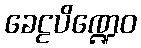
ခေဠပိဏ္ဍေဝ